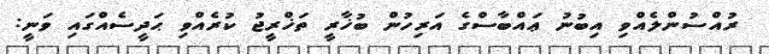
ރުއްސުންލެއްވި އިބުނު ޢައްބާސްގެ އަރިހުން ބުޚާރީ ތަޚްރީޖު ކުރެއްވި ޙަދީސެއްގައި ވަނީ: